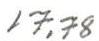
17,78